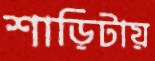
শাড়িটায়